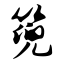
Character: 篼